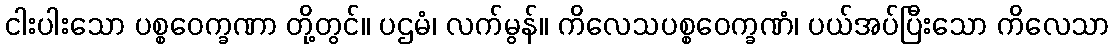
ငါးပါးသော ပစ္စဝေက္ခဏာ တို့တွင်။ ပဌမံ၊ လက်မွန်။ ကိလေသပစ္စဝေက္ခဏံ၊ ပယ်အပ်ပြီးသော ကိလေသာ